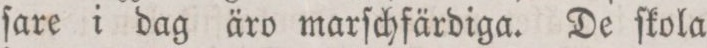
ſare i dag äro marſchfärdiga. De ſkola